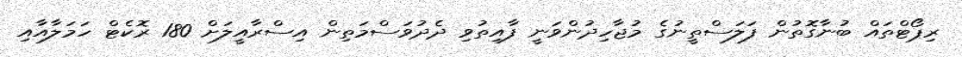
ރިޕޯޓްތައް ބުނާގޮތުން ފަލަސްތީނުގެ މުޖާހިދުންވަނީ ފާއިތުވި ދެދުވަސްމަތިން އިސްރާއީލަށް 180 ރޮކެޓް ހަމަލާއާއި